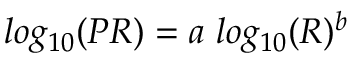
l o g _ { 1 0 } ( P R ) = a ~ l o g _ { 1 0 } ( R ) ^ { b }